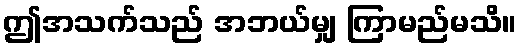
ဤအသက်သည် အဘယ်မျှ ကြာမည်မသိ။